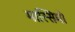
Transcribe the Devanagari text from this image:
मास्‍सिमो